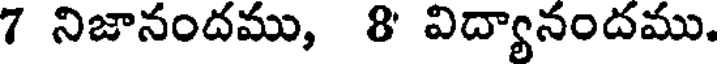
7 నిజానందము, 8 విద్యానందము.